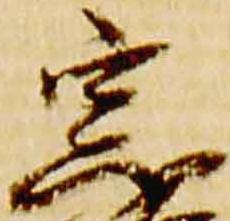
宗